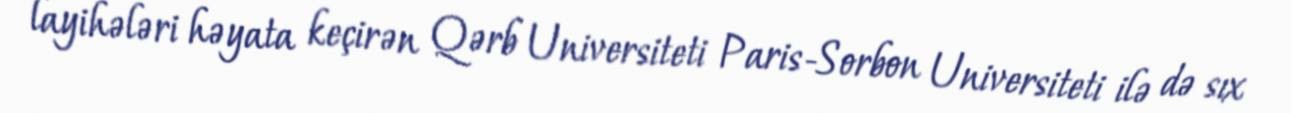
layihələri həyata keçirən Qərb Universiteti Paris-Sorbon Universiteti ilə də sıx